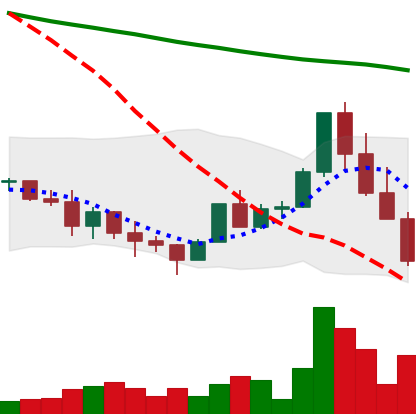
Ticker: ADA-USD
Chart end date: 2022-01-21
Forward return: -3.934%
Label: down_3_5